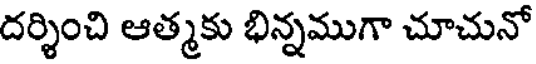
దర్శించి ఆత్మకు భిన్నముగా చూచునో